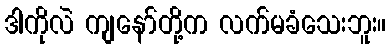
ဒါကိုလဲ ကျနော်တို့က လက်မခံသေးဘူး။